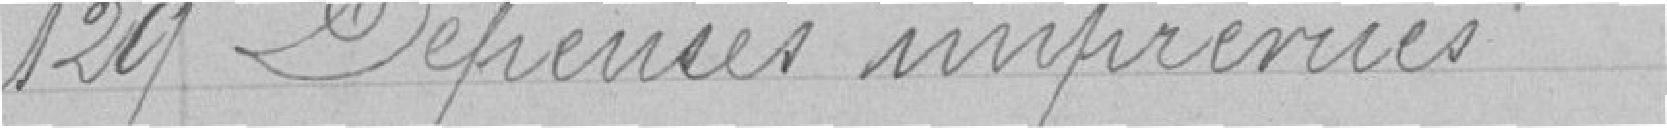
120 Dépences imprévues